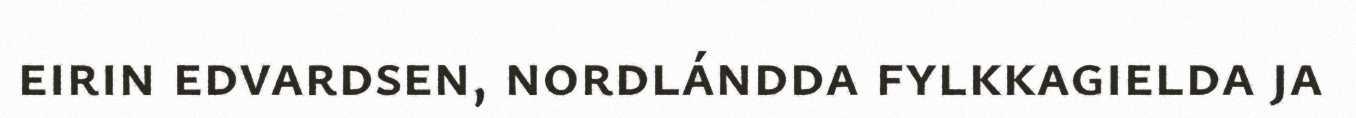
eirin edvardsen, nordlándda fylkkagielda ja